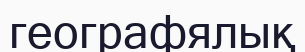
географялық